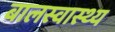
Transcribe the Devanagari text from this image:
बालस्वास्थ्य